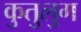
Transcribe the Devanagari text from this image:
कुतुलुग